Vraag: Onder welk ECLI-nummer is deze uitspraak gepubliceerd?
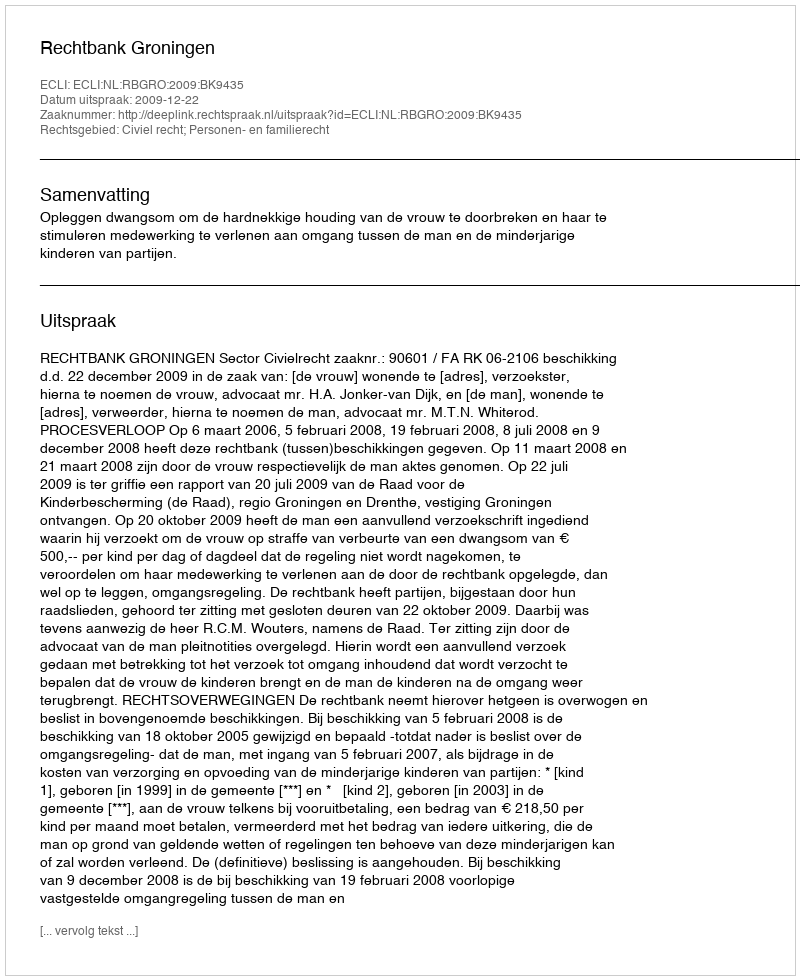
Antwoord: ECLI:NL:RBGRO:2009:BK9435